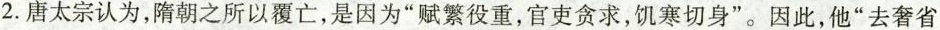
2.唐太宗认为，隋朝之所以覆亡，是因为”赋繁役重，官吏贪求，饥寒切身”。因此，他”去奢省